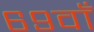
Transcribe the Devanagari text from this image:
६९वाँ